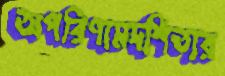
অপরিণামদর্শিতার